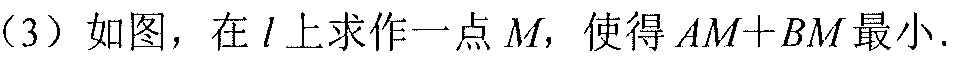
(3) 如图，在 \(l\) 上求作一点 \(M\)，使得 \(AM + BM\) 最小.